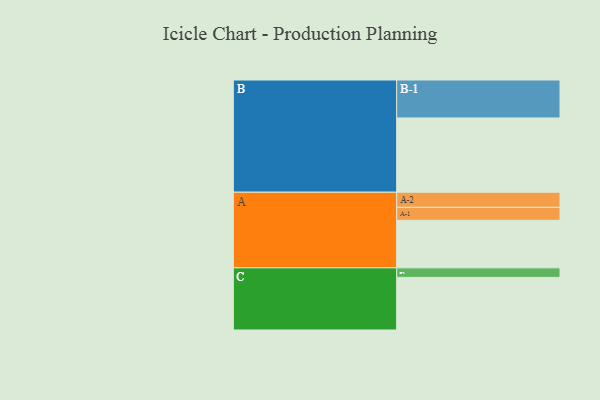
{"axis": {"x": "Segment", "y": "Value"}, "legend": ["", "A", "B", "C"], "data": [{"x": "A", "y": 318, "type": ""}, {"x": "B", "y": 497, "type": ""}, {"x": "C", "y": 352, "type": ""}, {"x": "A-1", "y": 87, "type": "A"}, {"x": "A-2", "y": 101, "type": "A"}, {"x": "B-1", "y": 254, "type": "B"}, {"x": "C-1", "y": 64, "type": "C"}]}